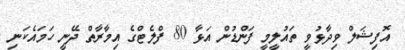
އޮފިޝަލް ވިދާޅުވީ ތައުލީމީ ފަންޑުން އަޅާ 80 ފްލެޓްގެ އިމާރާތް ދޭނީ ހަމައެކަނި